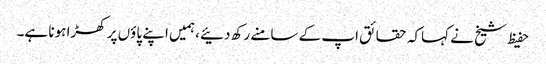
حفیظ شیخ نے کہاکہ حقائق اپ کے سامنے رکھ دئیے ،ہمیں اپنے پاؤں پر کھڑا ہونا ہے۔